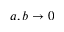
a , b \to 0